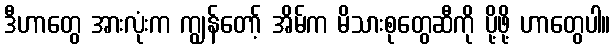
ဒီဟာတွေ အားလုံးက ကျွန်တော့် အိမ်က မိသားစုတွေဆီကို ပို့ဖို့ ဟာတွေပါ။